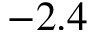
- 2 . 4